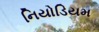
નિયોડિયમ